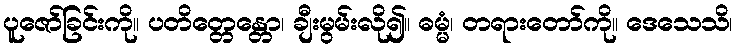
ပူဇော်ခြင်းကို။ ပတိတ္တေန္တော၊ ချီးမွမ်းလို၍။ ဓမ္မံ၊ တရားတော်ကို။ ဒေသေသိ၊